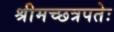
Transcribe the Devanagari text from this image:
श्रीमच्छत्रपतेः